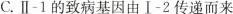
C.Ⅱ-1的致病基因由Ⅰ-2传递而来